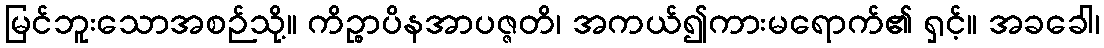
မြင်ဘူးသောအစဉ်သို့။ ကိဉ္စာပိနအာပဇ္ဇတိ၊ အကယ်၍ကားမရောက်၏ ရှင့်။ အခခေါ၊